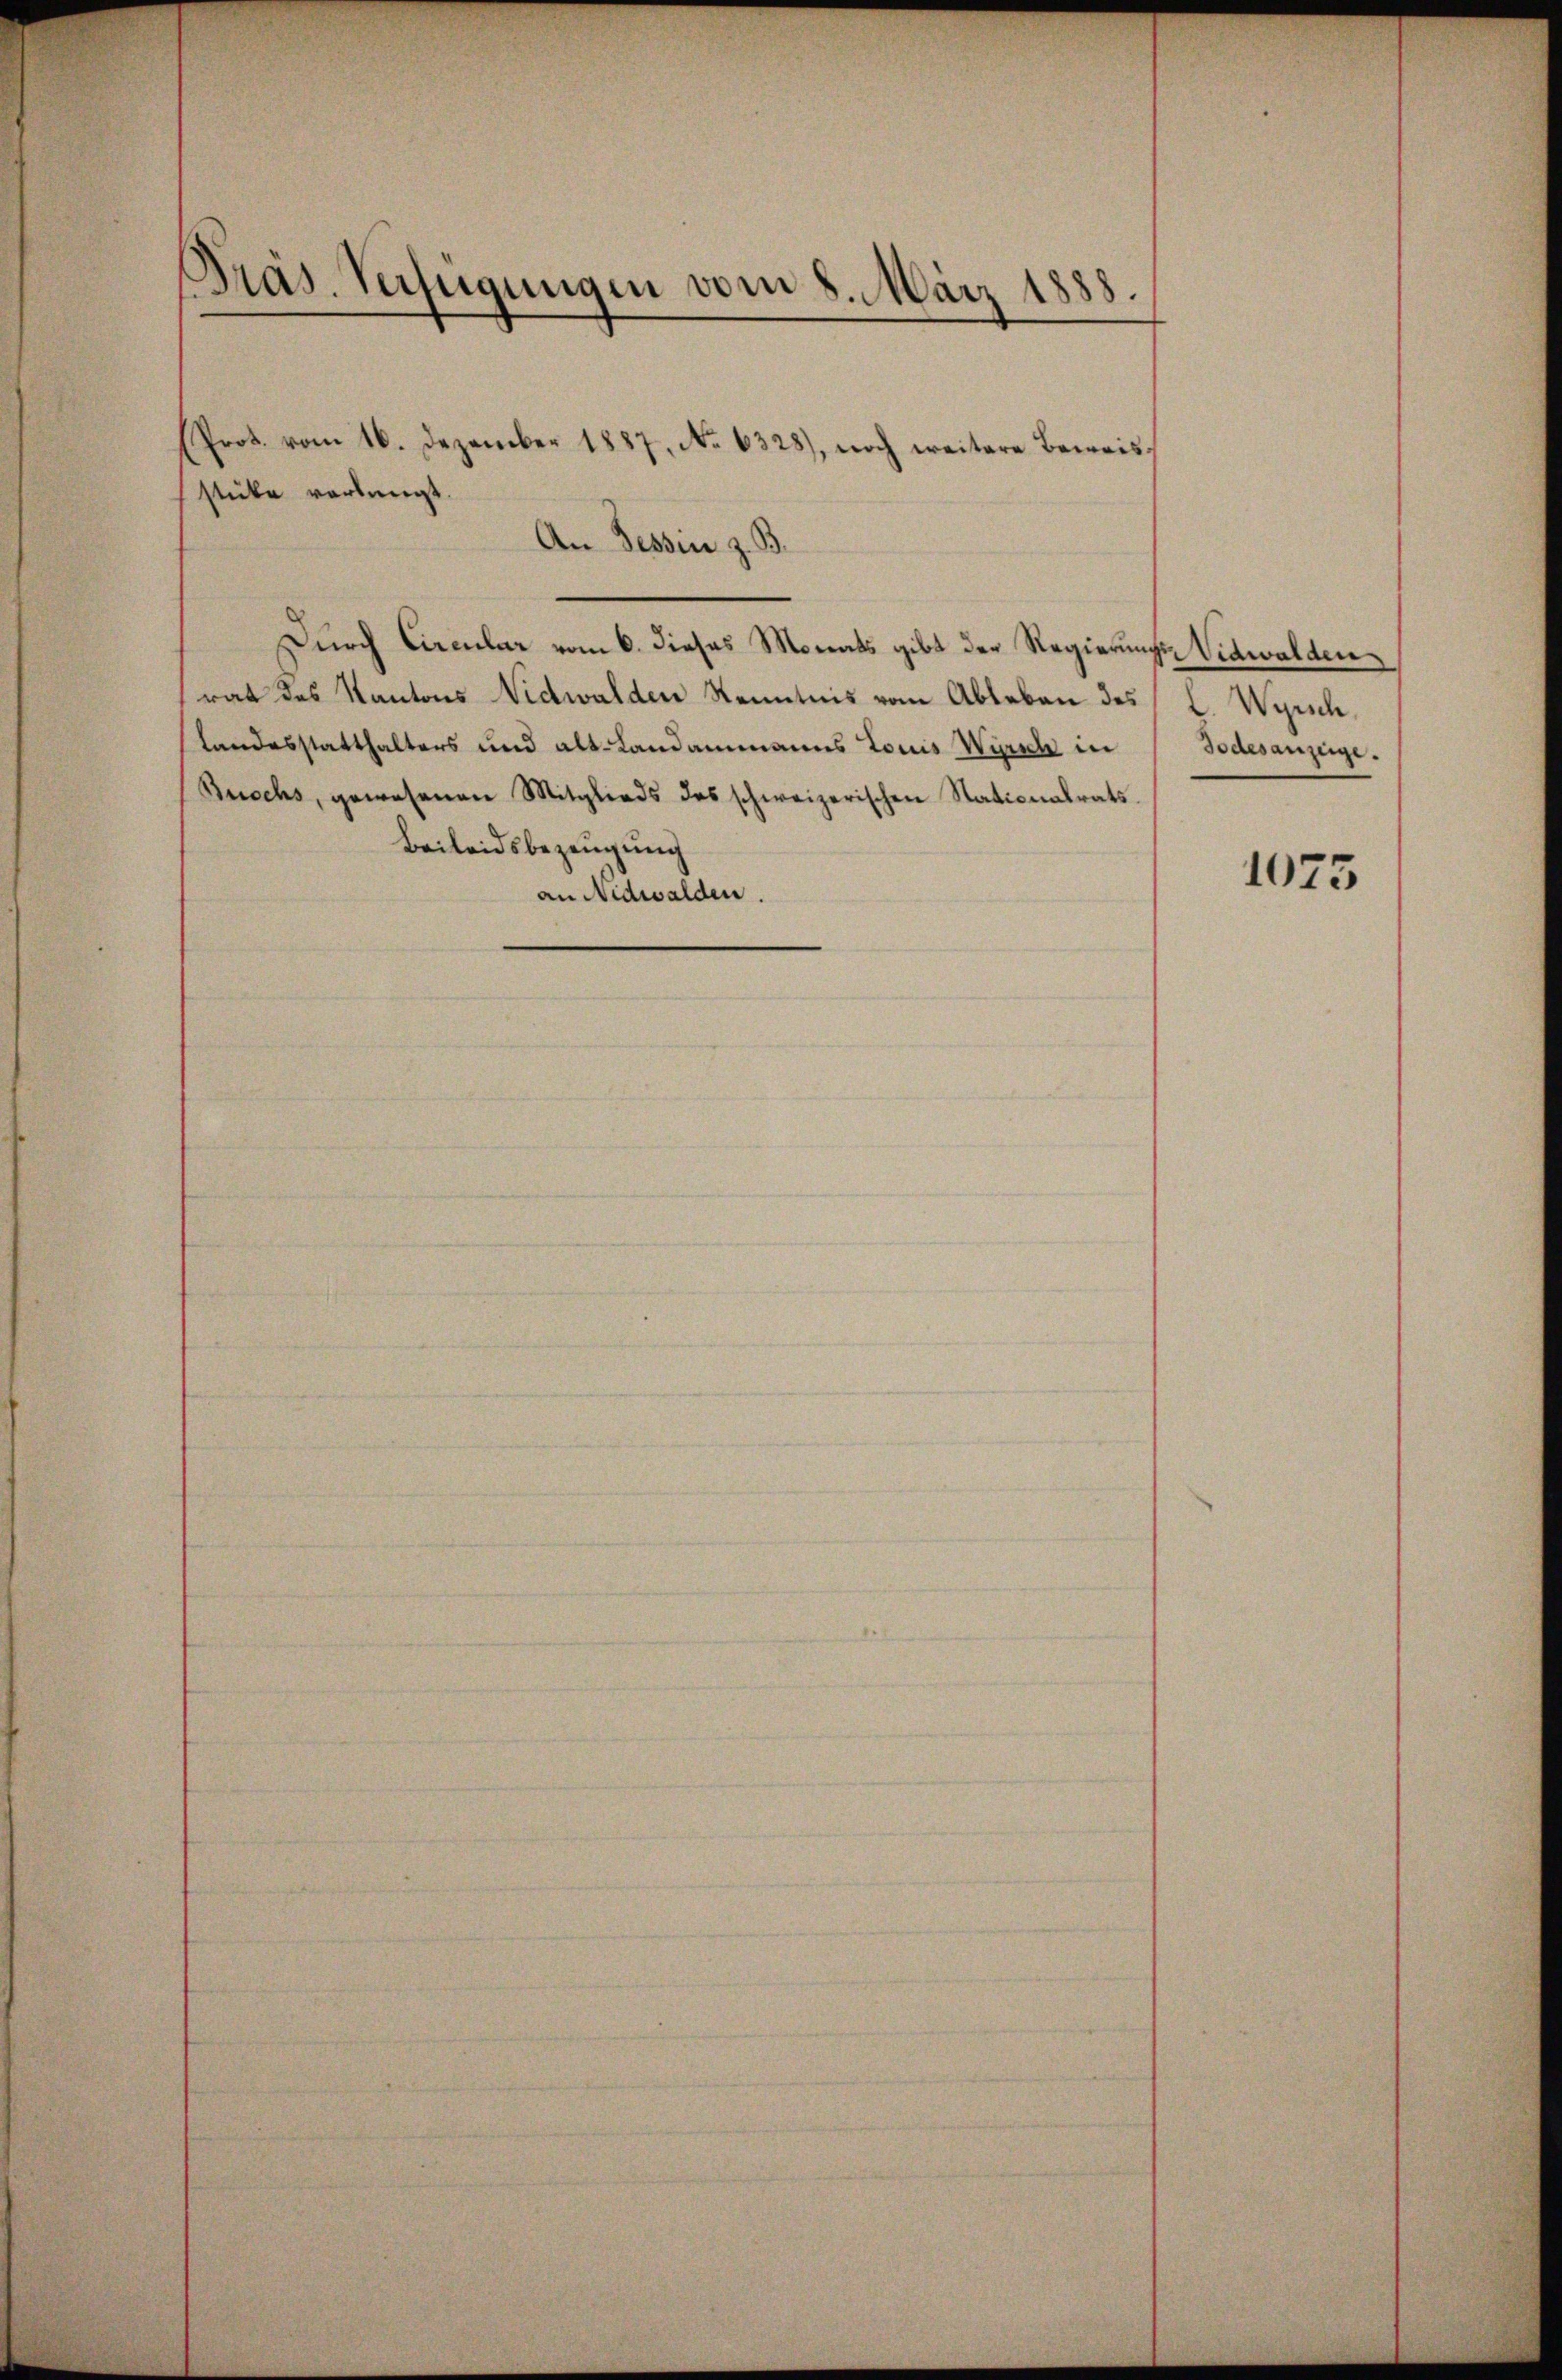
Präs. Verfügungen vom 8. März 1888.

(Prot. vom 16. Dezember 1887, No 6328), noch weitere Beweis.
stücke verlangt.
An Tessin z. B.
Durch Circular vom 6. dieses Monats gibt der Regierungs-Vidwalden
rat des Kantons Nidwalden Kenntnis vom Ableben des
Landesstatthalters und als Landammanns Louis Wirsch in
Buschs, gewesenen Mitglieds des schweizerischen Stationalrats.
Beileidsbezeugung
an Nidwalden.

L. Wynsch.
Todesanzeige.

1075